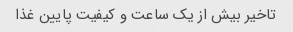
تاخیر بیش از یک ساعت و کیفیت پایین غذا